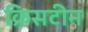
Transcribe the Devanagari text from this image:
क्रिसटीन